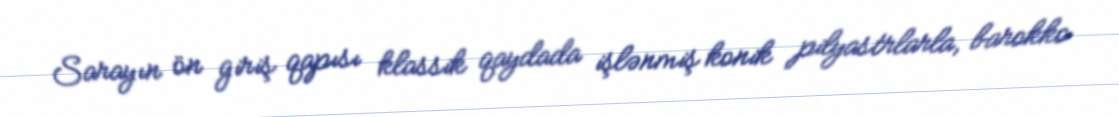
Sarayın ön giriş qapısı klassik qaydada işlənmiş konik pilyastrlarla, barokko